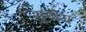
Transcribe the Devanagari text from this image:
युगीय